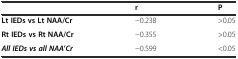
<table><thead><tr><td></td><td><b>r</b></td><td><b>P</b></td></tr></thead><tbody><tr><td><b>Lt IEDs vs Lt NAA/Cr</b></td><td>−0.238</td><td>&gt;0.05</td></tr><tr><td><b>Rt IEDs vs Rt NAA/Cr</b></td><td>−0.355</td><td>&gt;0.05</td></tr><tr><td><b><i>All IEDs vs all NAA</i></b><b>’</b><b><i>Cr</i></b></td><td>−0.599</td><td>&lt;0.05</td></tr></tbody></table>